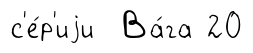
с'е́р'иjи Ва́га 20